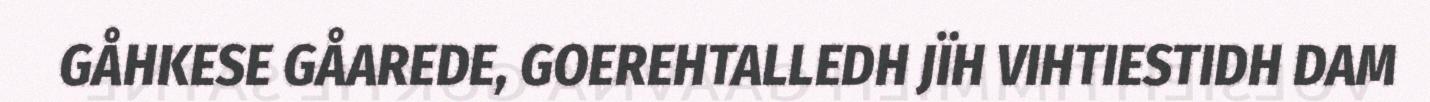
GÅHKESE GÅAREDE, GOEREHTALLEDH JÏH VIHTIESTIDH DAM